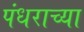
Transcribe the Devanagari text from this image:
पंधराच्या